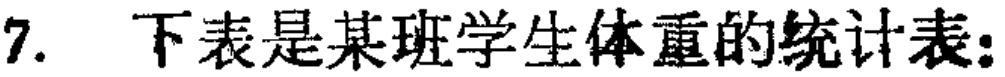
7. 下表是某班学生体重的统计表：